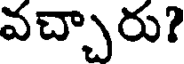
వచ్చారు?